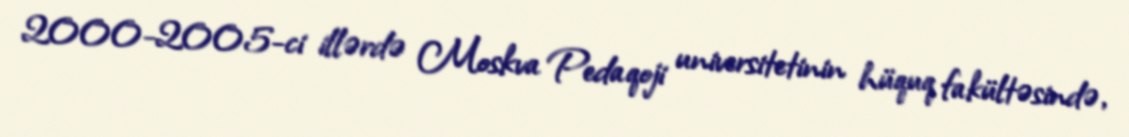
2000-2005-ci illərdə Moskva Pedaqoji universitetinin hüquq fakültəsində,